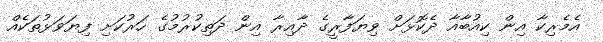
އެމެރިކާ އިން ކިއުބާއާ ދެކޮޅަށް ވިޔަފާރީގެ ދާއިރާ އިން ދަތިކުރުމުގެ ހަރުކަށި ފިޔަވަޅުތަކެއް